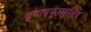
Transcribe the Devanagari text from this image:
ड्ञासकुल्कुलिय